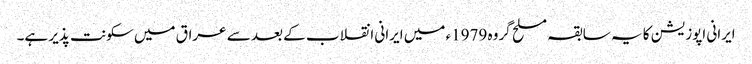
ایرانی اپوزیشن کا یہ سابقہ مسلح گروہ 1979ء میں ایرانی انقلاب کے بعد سے عراق میں سکونت پذیر ہے۔